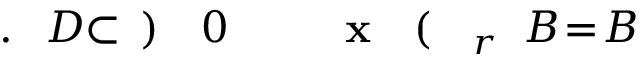
B \! \! \! \! \! \! \! \! \! \! \! \! = \! \! \! \! \! \! \! \! \! \! \! \! B \! \! \! \! \! \! \! \! \! \! \! \! _ { r } \! \! \! \! \! \! \! \! \! \! \! \! ( \! \! \! \! \! \! \! \! \! \! \! \! \mathbf { x } \! \! \! \! \! \! \! \! \! \! \! \! _ { \! } \! \! \! \! \! \! \! \! \! \! \! 0 \! \! \! \! \! \! \! \! \! \! \! \! ) \! \! \! \! \! \! \! \! \! \! \! \! \subset \! \! \! \! \! \! \! \! \! \! \! \! D \! \! \! \! \! \! \! \! \! \! \! \! . \! \! \! \! \! \! \! \! \! \! \!